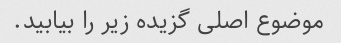
موضوع اصلی گزیده زیر را بیابید.